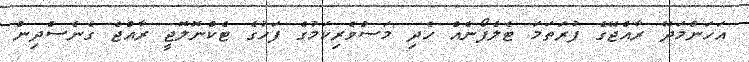
އަހަންމަދޭ ރާއްޖޭގެ ފުރަތަމަ ޓެލެފޯނެއް ހެދި މަސްވެރިކަމުގެ ފަހުގެ ޓެކްނޮލޮޖީ ރާއްޖެ ގެނެސްދިން